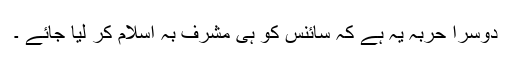
دوسرا حربہ یہ ہے کہ سائنس کو ہی مشرف بہ اسلام کر لیا جائے ۔